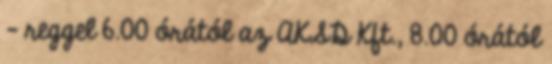
– reggel 6.00 órától az AKSD Kft., 8.00 órától